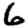
Digit: 6